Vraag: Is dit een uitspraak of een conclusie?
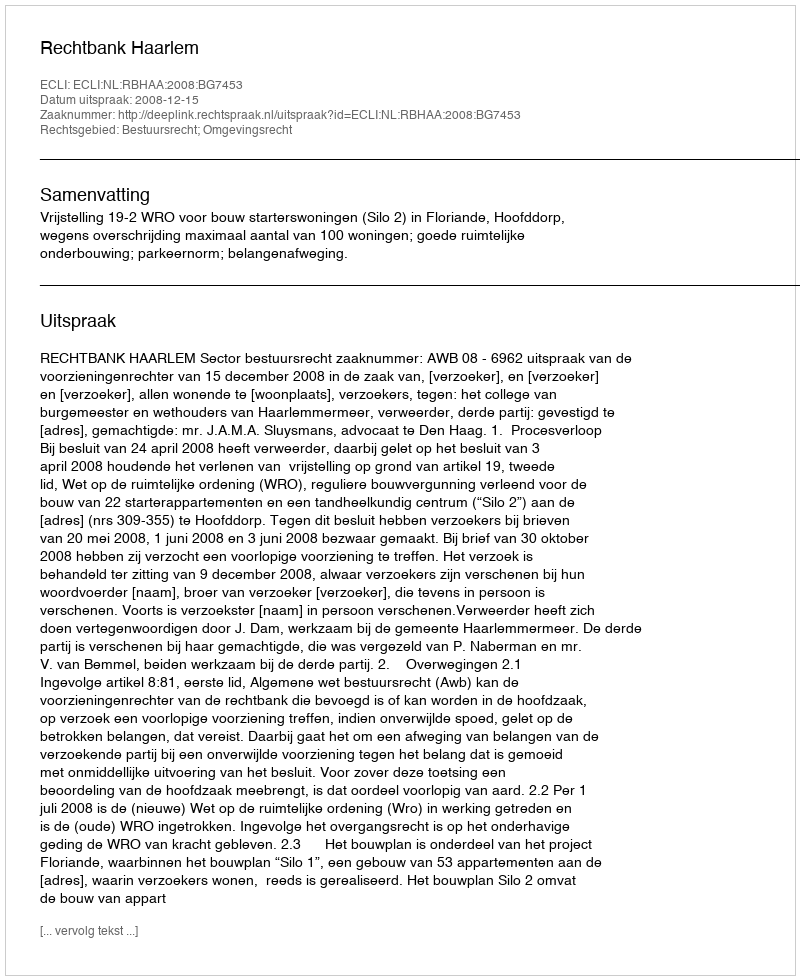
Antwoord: Uitspraak